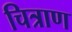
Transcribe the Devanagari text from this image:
चित्राण